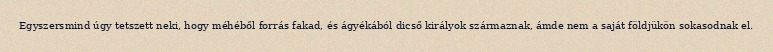
Egyszersmind úgy tetszett neki, hogy méhéből forrás fakad, és ágyékából dicső királyok származnak, ámde nem a saját földjükön sokasodnak el.